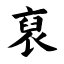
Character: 裒